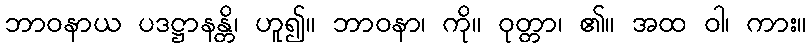
ဘာဝနာယ ပဒဋ္ဌာနန္တိ၊ ဟူ၍။ ဘာဝနာ၊ ကို။ ဝုတ္တာ၊ ၏။ အထ ဝါ၊ ကား။